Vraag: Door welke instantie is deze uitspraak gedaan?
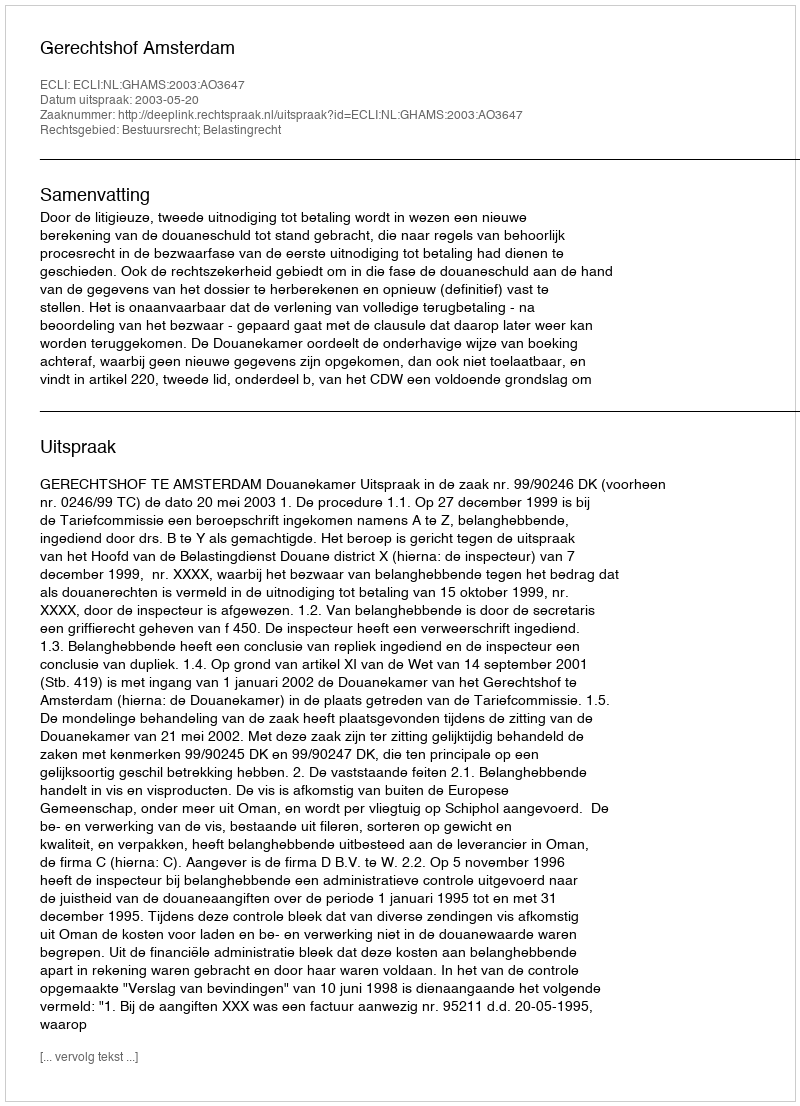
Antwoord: Gerechtshof Amsterdam